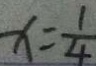
x = \frac { 1 } { 4 }